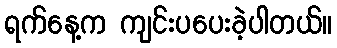
ရက်နေ့က ကျင်းပပေးခဲ့ပါတယ်။